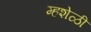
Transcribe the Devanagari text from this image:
म्हशेळी